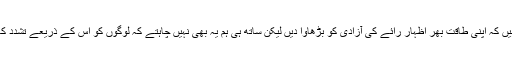
ہم چاہتے ہیں کہ اپنى طاقت بهر اظہار رائے کى آزادى کو بڑھاوا دیں لیکن ساتھ ہى ہم یہ بهى نہیں چاہتے کہ لوگوں کو اس کے ذریعے تشدد کا موقع دیں۔